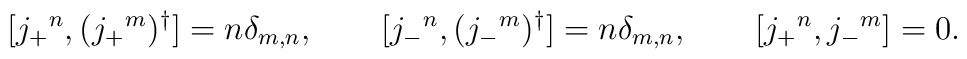
[ j_+{}^n,   (j_+{}^m)^\dagger ]= n \delta_{m,n}, \qquad [ j_-{}^n,  ( j_-{}^m)^\dagger ]= n \delta_{m,n}, \qquad  [ j_+{}^n,   j_-{}^m ]=0.